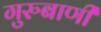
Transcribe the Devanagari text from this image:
गुरुबाणी